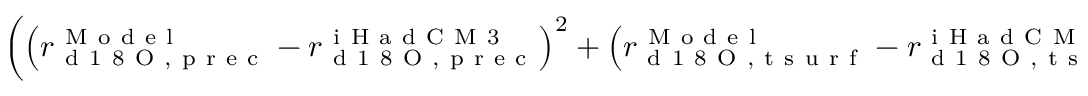
\left( \left( r _ { \mathrm { ~ d ~ 1 ~ 8 ~ O ~ , ~ p ~ r ~ e ~ c ~ } } ^ { \mathrm { ~ M ~ o ~ d ~ e ~ l ~ } } - r _ { \mathrm { ~ d ~ 1 ~ 8 ~ O ~ , ~ p ~ r ~ e ~ c ~ } } ^ { \mathrm { ~ i ~ H ~ a ~ d ~ C ~ M ~ 3 ~ } } \right) ^ { 2 } + \left( r _ { \mathrm { ~ d ~ 1 ~ 8 ~ O ~ , ~ t ~ s ~ u ~ r ~ f ~ } } ^ { \mathrm { ~ M ~ o ~ d ~ e ~ l ~ } } - r _ { \mathrm { ~ d ~ 1 ~ 8 ~ O ~ , ~ t ~ s ~ u ~ r ~ f ~ } } ^ { \mathrm { ~ i ~ H ~ a ~ d ~ C ~ M ~ 3 ~ } } \right) ^ { 2 } \right) ^ { \frac { 1 } { 2 } }